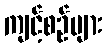
ကျင့်စဉ်များ